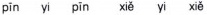
pīn yi pīn xiě yi xiě